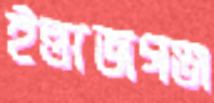
ইন্তাজগঞ্জ